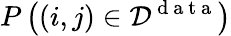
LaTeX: P\left((i,j)\in{\cal D}^{\mathrm{~d~a~t~a~}}\right)